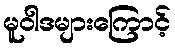
မူဝါဒများကြောင့်